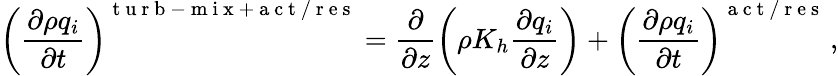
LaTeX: \left(\frac{\partial\rho q_{i}}{\partial t}\right)^{\mathrm{~t~u~r~b~-~m~i~x~+~a~c~t~/~r~e~s~}}=\frac{\partial}{\partial z}\left(\rho K_{h}\frac{\partial q_{i}}{\partial z}\right)+\left(\frac{\partial\rho q_{i}}{\partial t}\right)^{\mathrm{~a~c~t~/~r~e~s~}}\, ,